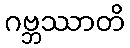
ဂဗ္ဘဿာတိ